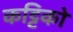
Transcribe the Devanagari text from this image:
कट्टिको